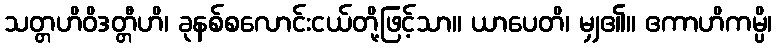
သတ္တဟိဝိဒတ္တီဟိ၊ ခုနစ်စလောင်းငယ်တို့ဖြင့်သာ။ ယာပေတိ၊ မျှ၏။ ဧကာဟိကမ္ပိ၊